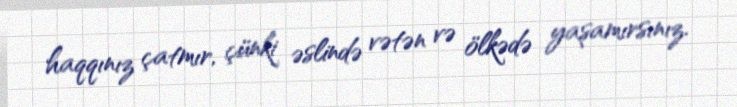
haqqınız çatmır, çünki əslində vətən və ölkədə yaşamırsınız.